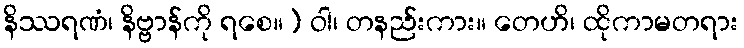
နိဿရဏံ၊ နိဗ္ဗာန်ကို ရစေ။) ဝါ၊ တနည်းကား။ တေဟိ၊ ထိုကာမတရား